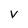
Character: V